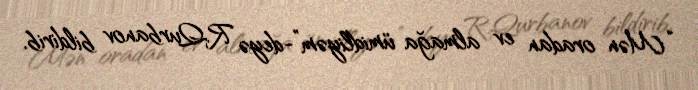
“Mən oradan ev almağa ümidliyəm”-deyə R.Qurbanov bildirib.